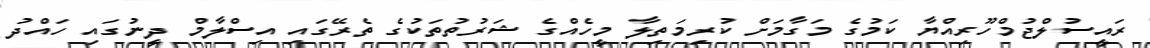
ރައީސުލްޖުމްހޫރިއްޔާ ކަމުގެ މަގާމަށް ކުރިމަތިލާ މީހެއްގެ ޝަރުތުތަކުގެ ތެރޭގައި އިސްލާމް ދީނުގައި ހައްދު